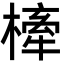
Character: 㯠